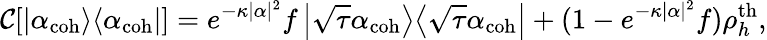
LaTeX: \mathcal{C}[\left|\alpha_{\mathrm{coh}}\middle>\middle<\alpha_{\mathrm{coh}}\right|]=e^{-\kappa|\alpha|^{2}}f\left|\sqrt{\tau}\alpha_{\mathrm{coh}}\middle>\middle<\sqrt{\tau}\alpha_{\mathrm{coh}}\right|+(1-e^{-\kappa|\alpha|^{2}}f)\rho_{h}^{\mathrm{th}},